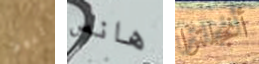
اليوم هانس أنجلترا